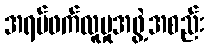
အရပ်ဖက်လူမှုအဖွဲ့အစည်း